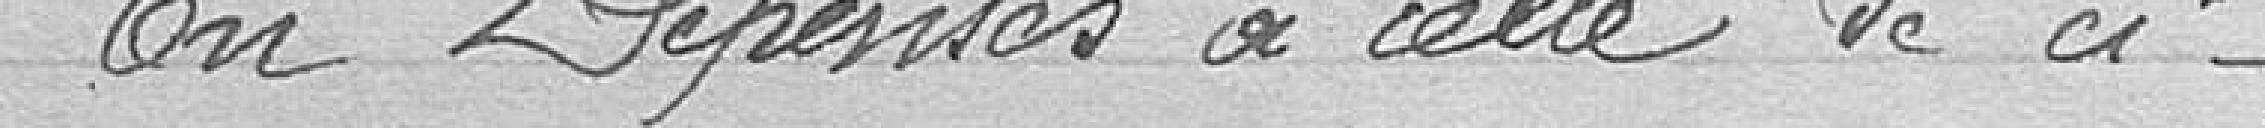
En dépense à celle de ci